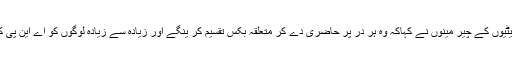
اس موقع پر میڈ یا سے بات چیت کر تے ہوئے نگران کمیٹیوں کے چیر مینوں نے کہاکہ وہ ہر در پر حاضری دے کر متعلقہ بکس تقسیم کر ینگے اور زیادہ سے زیادہ لوگوں کو اے این پی کے سر خ جھنڈے تلے جمع کر نے کی کوشش کر ینگے۔